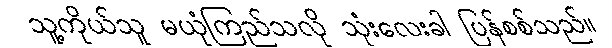
သူ့ကိုယ်သူ မယုံကြည်သလို သုံးလေးခါ ပြန်စစ်သည်။